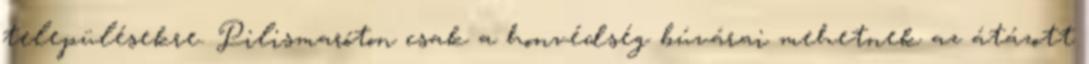
településekre. Pilismaróton csak a honvédség búvárai mehetnek az átázott